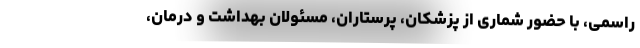
راسمی، با حضور شماری از پزشکان، پرستاران، مسئولان بهداشت و درمان،